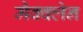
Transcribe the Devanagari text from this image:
मैक्क्लेन